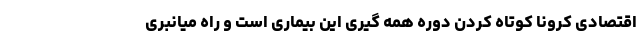
اقتصادی کرونا کوتاه کردن دوره همه گیری این بیماری است و راه میانبری